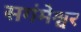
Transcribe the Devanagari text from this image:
सगंमेश्वर